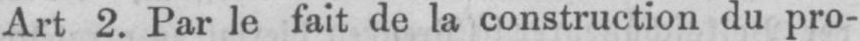
Art 2. Par le fait de la construction du pro-